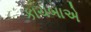
કાચબાએ